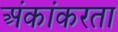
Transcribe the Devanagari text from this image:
अंकांकरता